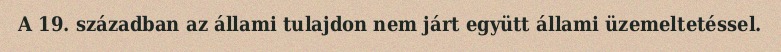
A 19. században az állami tulajdon nem járt együtt állami üzemeltetéssel.